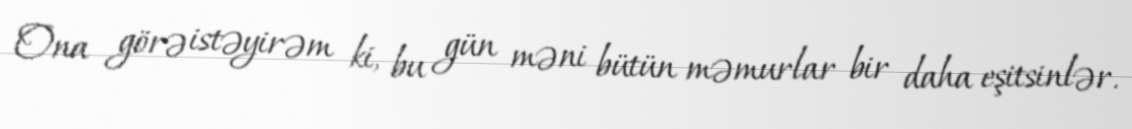
Ona görə istəyirəm ki, bu gün məni bütün məmurlar bir daha eşitsinlər.